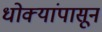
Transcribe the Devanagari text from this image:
धोक्यांपासून